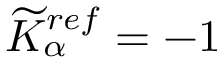
\widetilde { K } _ { \alpha } ^ { r e f } = - 1